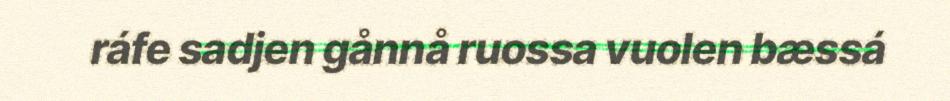
ráfe sadjen gånnå ruossa vuolen bæssá